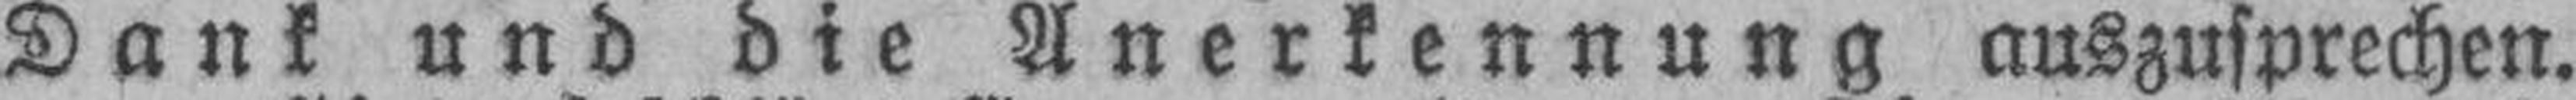
Dank und die Anerkennung auszusprechen.